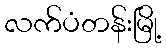
လက်ပံတန်းမြို့